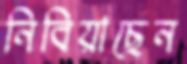
নিবিয়াছেন